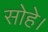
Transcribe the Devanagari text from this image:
सोहे।